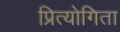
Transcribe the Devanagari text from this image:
प्रित्योगिता